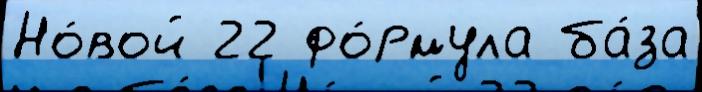
Но́вой 22 фо́рмула ба́за